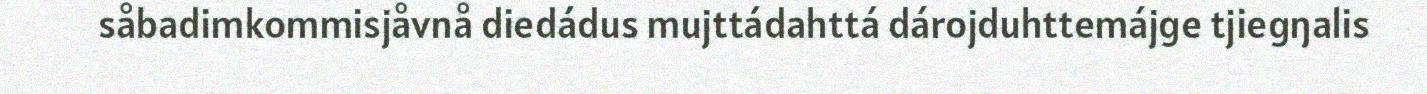
såbadimkommisjåvnå diedádus mujttádahttá dárojduhttemájge tjiegŋalis